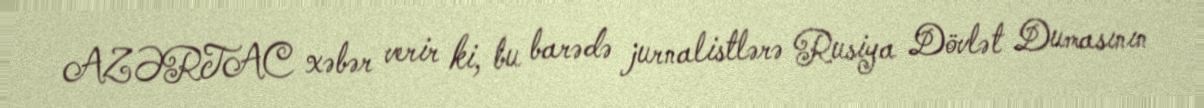
AZƏRTAC xəbər verir ki, bu barədə jurnalistlərə Rusiya Dövlət Dumasının